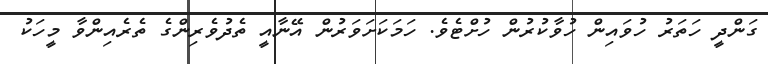
ގަންދީ ހަތަރު ހުވައިން ހުވާކުރުން ހުށްޓެވެ. ހަމަކަށަވަރުން އޭނާއީ ތެދުވެރިންގެ ތެރެއިންވާ މީހަކު